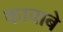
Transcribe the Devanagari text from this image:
कावाबे